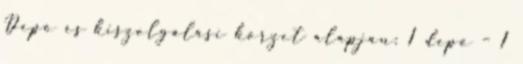
Depó és kiszolgálási körzet alapján: 1 depó – 1